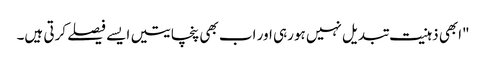
"ابھی ذہنیت تبدیل نہیں ہورہی اور اب بھی پنچایتیں ایسے فیصلے کرتی ہیں۔